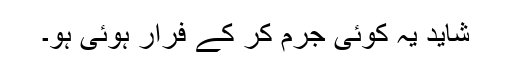
شاید یہ کوئی جرم کر کے فرار ہوئی ہو۔